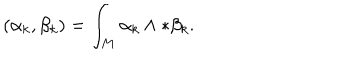
( \alpha _ { k } , \beta _ { k } ) = \int _ { M } \alpha _ { k } \wedge * \beta _ { k } .